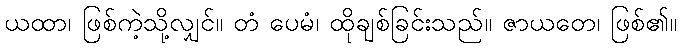
ယထာ၊ ဖြစ်ကဲ့သို့လျှင်။ တံ ပေမံ၊ ထိုချစ်ခြင်းသည်။ ဇာယတေ၊ ဖြစ်၏။